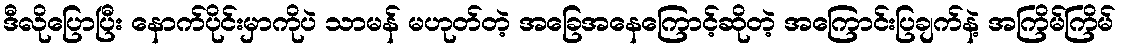
ဒီလိုပြောပြီး နောက်ပိုင်းမှာကိုပဲ သာမန် မဟုတ်တဲ့ အခြေအနေကြောင့်ဆိုတဲ့ အကြောင်းပြချက်နဲ့ အကြိမ်ကြိမ်